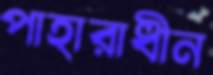
পাহারাধীন